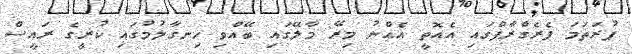
ފުރަތަމަ ޕެރެގްރާފްގައި އެއޮތީ އެއްނު މިރޭ މާލޭގައި ބޭއްވި ހިނގާލުމުގައި ކުރީގެ ރައީސް